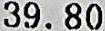
39.80